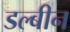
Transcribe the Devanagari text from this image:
डल्बीन